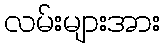
လမ်းများအား